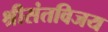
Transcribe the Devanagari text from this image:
श्रीसंतविजय